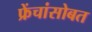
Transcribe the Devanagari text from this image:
फ्रेंचांसोबत